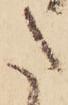
た